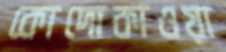
কোদোকাওয়া